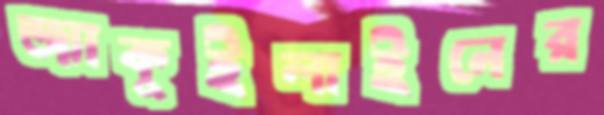
জ্যাকুইলাইনের